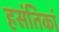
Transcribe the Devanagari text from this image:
हसंतिकां